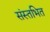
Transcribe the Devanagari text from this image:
संस्तभित